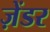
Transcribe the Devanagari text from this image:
ज़ेंडर